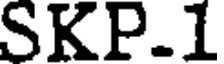
SKP.1